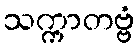
သက္ကာတဗ္ဗံ